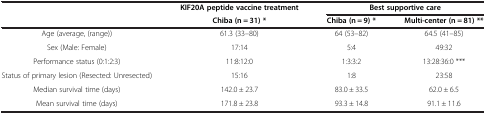
|  | KIF20A peptide vaccine treatment | <COLSPAN=2> Best supportive care |
 |  | Chiba (n = 31) * | Chiba (n = 9) * | Multi-center (n = 81) ** |
 | --- | --- | --- | --- |
 | Age (average, (range)) | 61.3 (33–80) | 64 (53–82) | 64.5 (41–85) |
 | Sex (Male: Female) | 17:14 | 5:4 | 49:32 |
 | Performance status (0:1:2:3) | 11:8:12:0 | 1:3:3:2 | 13:28:36:0 *** |
 | Status of primary lesion (Resected: Unresected) | 15:16 | 1:8 | 23:58 |
 | Median survival time (days) | 142.0 ± 23.7 | 83.0 ± 33.5 | 62.0 ± 6.5 |
 | Mean survival time (days) | 171.8 ± 23.8 | 93.3 ± 14.8 | 91.1 ± 11.6 |